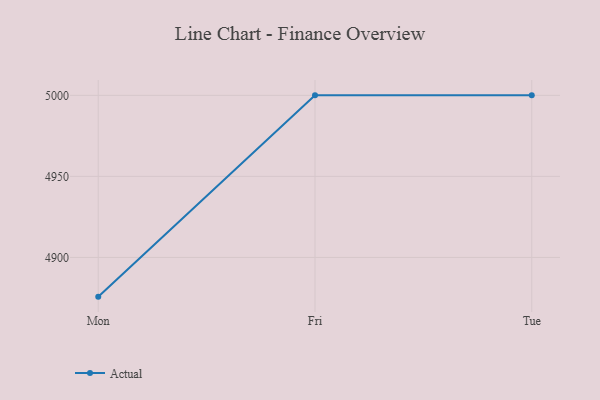
{"axis": {"x": "Day", "y": "Gross Profit (USD K)"}, "legend": ["Actual"], "data": [{"x": "Mon", "y": 4875.8, "type": "Actual"}, {"x": "Fri", "y": 5000, "type": "Actual"}, {"x": "Tue", "y": 5000, "type": "Actual"}]}